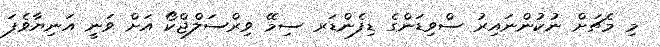
މި މެޗަށް ނުކުންނައިރު ސްވިޑަންގެ ޑިފެންޑަރ ސިމޭ ވިރްސަލްޖްކޯ އަށް ވަނީ އަނިޔާވެފަ